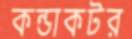
কন্ডাকটর